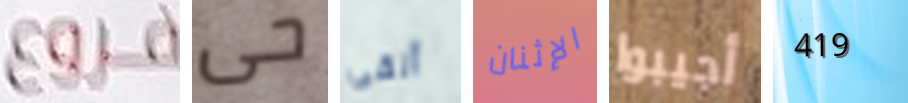
فروع حى ألقى الإثنان أجيبوا 419